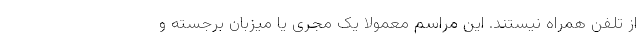
از تلفن همراه نیستند. این مراسم معمولا یک مجری یا میزبان برجسته و